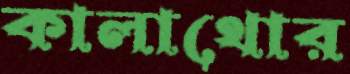
কালাথোর